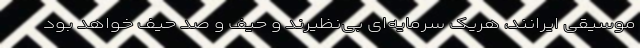
موسیقی ایرانند، هریک سرمایه‌ای بی‌نظیرند و حیف و صد حیف خواهد بود